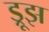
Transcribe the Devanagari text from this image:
ड्रूझ